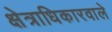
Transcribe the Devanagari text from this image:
क्षेत्राधिकारवाले